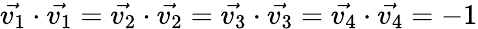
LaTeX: \vec{v_{1}}\cdot\vec{v_{1}}=\vec{v_{2}}\cdot\vec{v_{2}}=\vec{v_{3}}\cdot\vec{v_{3}}=\vec{v_{4}}\cdot\vec{v_{4}}=-1